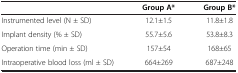
<table><thead><tr><td><b> </b></td><td><b>Group A*</b></td><td><b>Group B*</b></td></tr></thead><tbody><tr><td>Instrumented level (N ± SD)</td><td>12.1±1.5</td><td>11.8±1.8</td></tr><tr><td>Implant density (% ± SD)</td><td>55.7±5.6</td><td>53.8±8.3</td></tr><tr><td>Operation time (min ± SD)</td><td>157±54</td><td>168±65</td></tr><tr><td>Intraoperative blood loss (ml ± SD)</td><td>664±269</td><td>687±248</td></tr></tbody></table>